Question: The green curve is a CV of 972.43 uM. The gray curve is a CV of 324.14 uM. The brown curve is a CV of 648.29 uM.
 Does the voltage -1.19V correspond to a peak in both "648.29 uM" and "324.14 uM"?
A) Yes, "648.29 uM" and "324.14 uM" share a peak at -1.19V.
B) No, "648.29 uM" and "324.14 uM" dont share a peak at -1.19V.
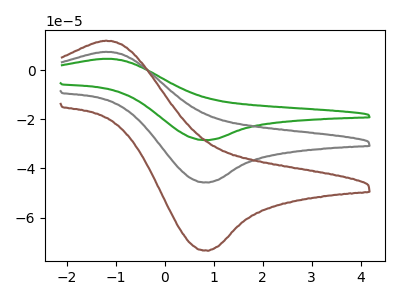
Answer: <think>The green curve "972.43 uM" has an anodic peak at (-1.20V, 14.95uA) and a cathodic peak at (0.90V, -91.55uA). The gray curve "324.14 uM" has an anodic peak at (-1.20V, 7.50uA) and a cathodic peak at (0.90V, -45.80uA). The brown curve "648.29 uM" has an anodic peak at (-1.20V, 12.00uA) and a cathodic peak at (0.90V, -73.55uA).</think>
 <answer>A) Yes, "648.29 uM" and "324.14 uM" share a peak at -1.19V.</answer>
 <eval>A</eval>